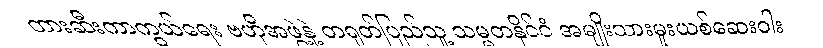
တားဆီးကာကွယ်ရေး ဗဟိုအဖွဲ့နဲ့ တရုတ်ပြည်သူ့ သမ္မတနိုင်ငံ အမျိုးသားမူးယစ်ဆေးဝါး